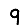
Digit: 9